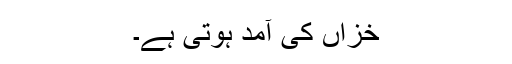
خزاں کی آمد ہوتی ہے۔